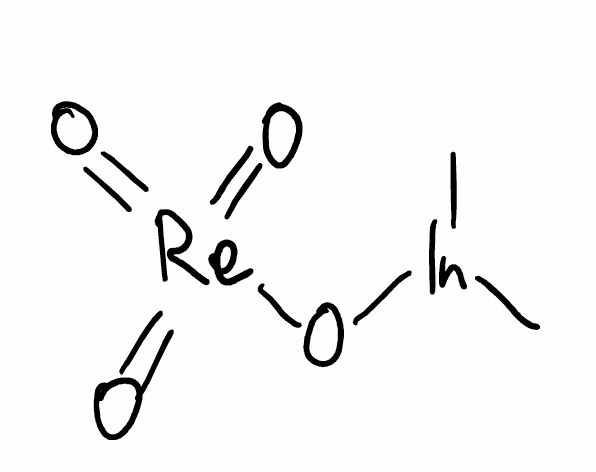
Simplified molecular-input line-entry system (SMILES) notation of the given molecule:
C[In](C)O[Re](=O)(=O)=O